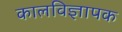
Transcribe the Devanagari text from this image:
कालविज्ञापक